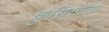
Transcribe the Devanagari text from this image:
कुसियाक